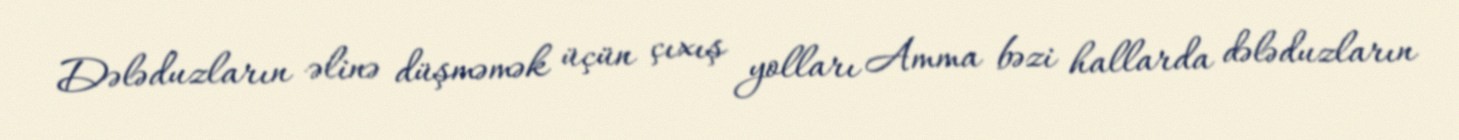
Dələduzların əlinə düşməmək üçün çıxış yolları Amma bəzi hallarda dələduzların